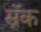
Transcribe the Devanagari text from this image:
स्नॅक